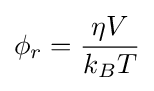
\phi _{r}={{\eta V} \over {k{_{B}}T}}